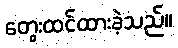
တွေးထင်ထားခဲ့သည်။